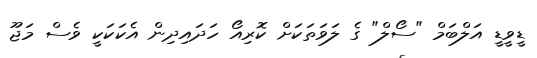
ޑީވީޑީ އަލްބަމް "ސޯލް" ގެ ލަވަތަކަށް ކޮރިއޯ ހަދައިދިން އެކަކަކީ ވެސް މަޖޫ